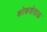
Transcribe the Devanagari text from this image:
कोकशेताऊ